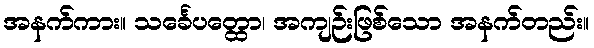
အနက်ကား။ သင်္ခေပတ္ထော၊ အကျဉ်းဖြစ်သော အနက်တည်း။